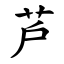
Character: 芦